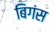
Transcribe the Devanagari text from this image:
बिगंस